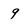
Character: 9